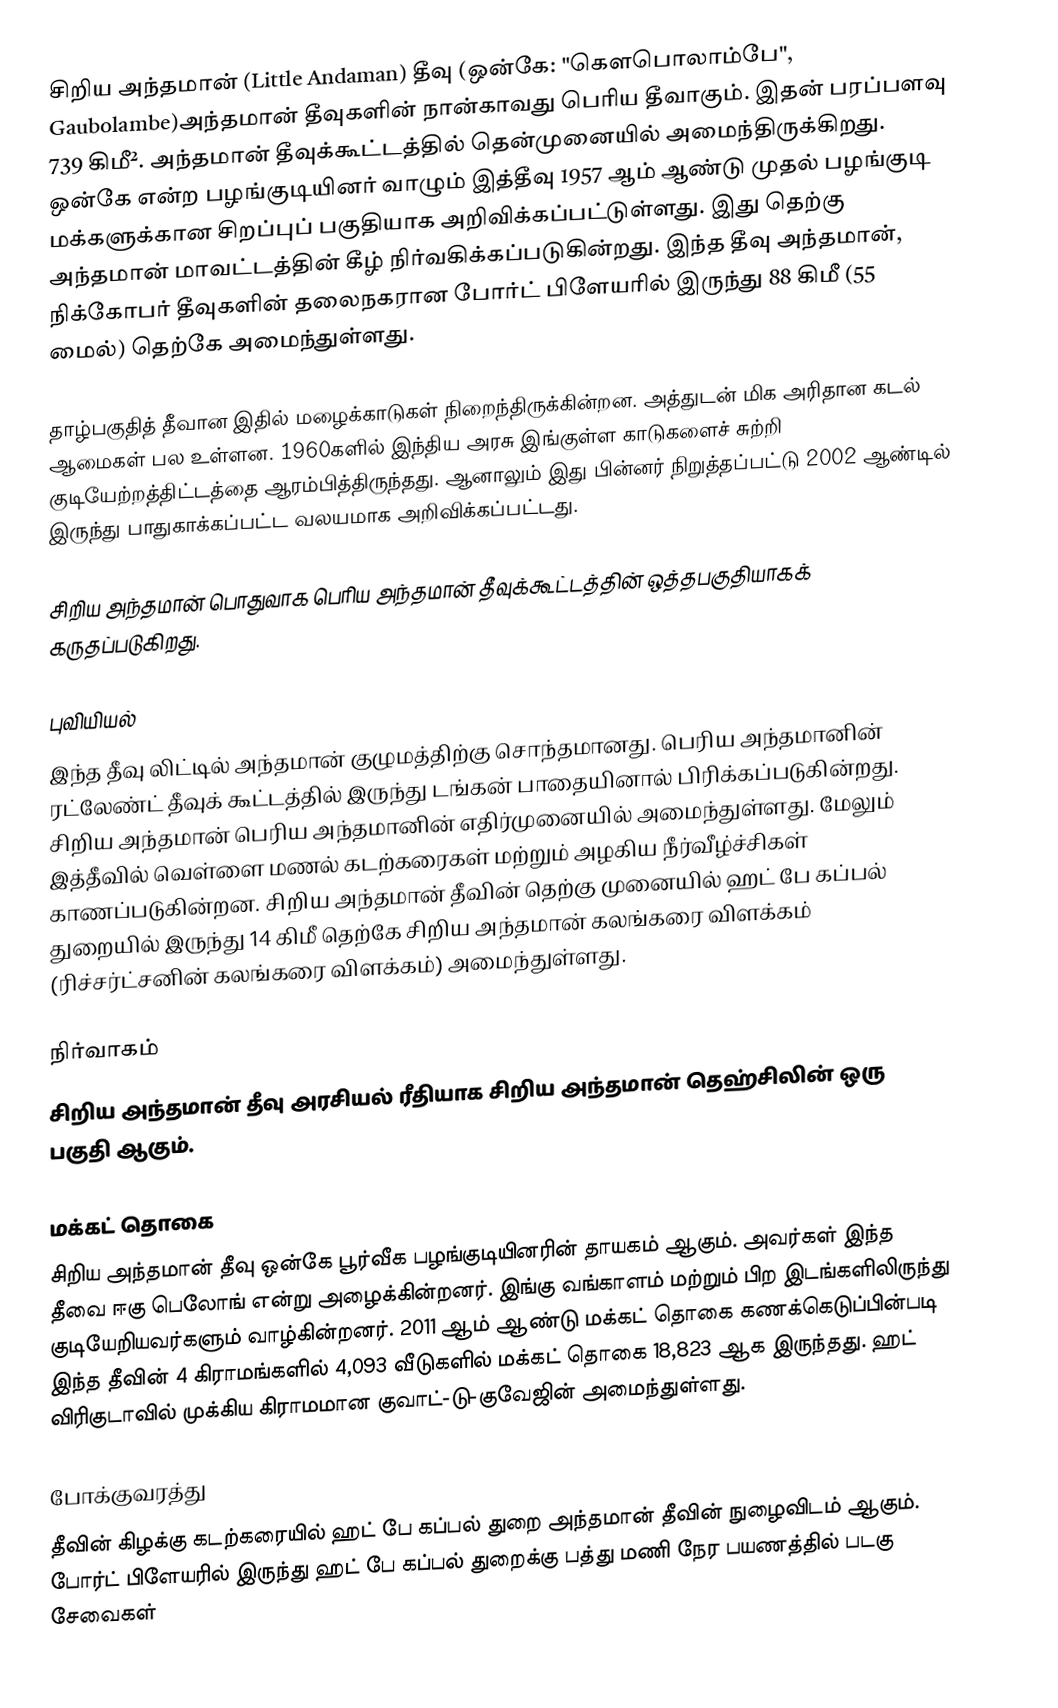
சிறிய அந்தமான் (Little Andaman) தீவு (ஒன்கே: "கௌபொலாம்பே", Gaubolambe)அந்தமான் தீவுகளின் நான்காவது பெரிய தீவாகும். இதன் பரப்பளவு 739 கிமீ². அந்தமான் தீவுக்கூட்டத்தில் தென்முனையில் அமைந்திருக்கிறது. ஒன்கே என்ற பழங்குடியினர் வாழும் இத்தீவு 1957 ஆம் ஆண்டு முதல் பழங்குடி மக்களுக்கான சிறப்புப் பகுதியாக அறிவிக்கப்பட்டுள்ளது. இது தெற்கு அந்தமான் மாவட்டத்தின் கீழ் நிர்வகிக்கப்படுகின்றது. இந்த தீவு அந்தமான், நிக்கோபர் தீவுகளின் தலைநகரான போர்ட் பிளேயரில் இருந்து 88 கிமீ (55 மைல்) தெற்கே அமைந்துள்ளது.

தாழ்பகுதித் தீவான இதில் மழைக்காடுகள் நிறைந்திருக்கின்றன. அத்துடன் மிக அரிதான கடல் ஆமைகள் பல உள்ளன. 1960களில் இந்திய அரசு இங்குள்ள காடுகளைச் சுற்றி  குடியேற்றத்திட்டத்தை ஆரம்பித்திருந்தது. ஆனாலும் இது பின்னர் நிறுத்தப்பட்டு 2002 ஆண்டில் இருந்து பாதுகாக்கப்பட்ட வலயமாக அறிவிக்கப்பட்டது.

சிறிய அந்தமான் பொதுவாக பெரிய அந்தமான் தீவுக்கூட்டத்தின் ஒத்தபகுதியாகக் கருதப்படுகிறது.

புவியியல்
இந்த தீவு லிட்டில் அந்தமான் குழுமத்திற்கு சொந்தமானது. பெரிய அந்தமானின் ரட்லேண்ட் தீவுக் கூட்டத்தில் இருந்து டங்கன் பாதையினால் பிரிக்கப்படுகின்றது. சிறிய அந்தமான் பெரிய அந்தமானின் எதிர்முனையில் அமைந்துள்ளது. மேலும் இத்தீவில் வெள்ளை மணல் கடற்கரைகள் மற்றும் அழகிய நீர்வீழ்ச்சிகள் காணப்படுகின்றன. சிறிய அந்தமான் தீவின் தெற்கு முனையில் ஹட் பே கப்பல் துறையில் இருந்து 14 கிமீ தெற்கே சிறிய அந்தமான் கலங்கரை விளக்கம் (ரிச்சர்ட்சனின் கலங்கரை விளக்கம்) அமைந்துள்ளது.

நிர்வாகம்
சிறிய அந்தமான் தீவு அரசியல் ரீதியாக சிறிய அந்தமான் தெஹ்சிலின் ஒரு பகுதி ஆகும்.

மக்கட் தொகை
சிறிய அந்தமான் தீவு ஒன்கே பூர்வீக பழங்குடியினரின் தாயகம் ஆகும். அவர்கள் இந்த தீவை ஈகு பெலோங் என்று அழைக்கின்றனர். இங்கு வங்காளம் மற்றும் பிற இடங்களிலிருந்து குடியேறியவர்களும் வாழ்கின்றனர். 2011 ஆம் ஆண்டு மக்கட் தொகை கணக்கெடுப்பின்படி இந்த தீவின் 4 கிராமங்களில் 4,093 வீடுகளில் மக்கட் தொகை 18,823 ஆக இருந்தது. ஹட் விரிகுடாவில் முக்கிய கிராமமான குவாட்-டு-குவேஜின் அமைந்துள்ளது.

போக்குவரத்து
தீவின் கிழக்கு கடற்கரையில் ஹட் பே கப்பல் துறை அந்தமான் தீவின் நுழைவிடம் ஆகும். போர்ட் பிளேயரில் இருந்து ஹட் பே கப்பல் துறைக்கு பத்து மணி நேர பயணத்தில் படகு சேவைகள்